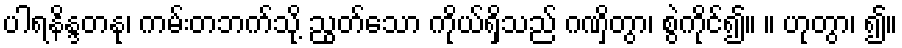
ပါရနိန္ဒတနု၊ ကမ်းတဘက်သို့ ညွတ်သော ကိုယ်ရှိသည် ဂဏှိတွာ၊ စွဲကိုင်၍။ ။ ဟုတွာ၊ ၍။